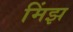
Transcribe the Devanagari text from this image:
मिंझ